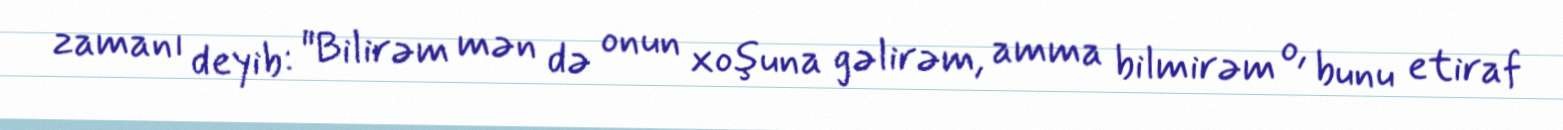
zamanı deyib: "Bilirəm mən də onun xoşuna gəlirəm, amma bilmirəm o, bunu etiraf